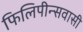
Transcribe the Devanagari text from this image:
फिलिपीन्सवासी